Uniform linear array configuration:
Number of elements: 12
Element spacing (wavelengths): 0.25
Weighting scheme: kaiser
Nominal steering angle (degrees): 0
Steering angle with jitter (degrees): -1.413
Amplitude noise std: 0.05
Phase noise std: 0.05

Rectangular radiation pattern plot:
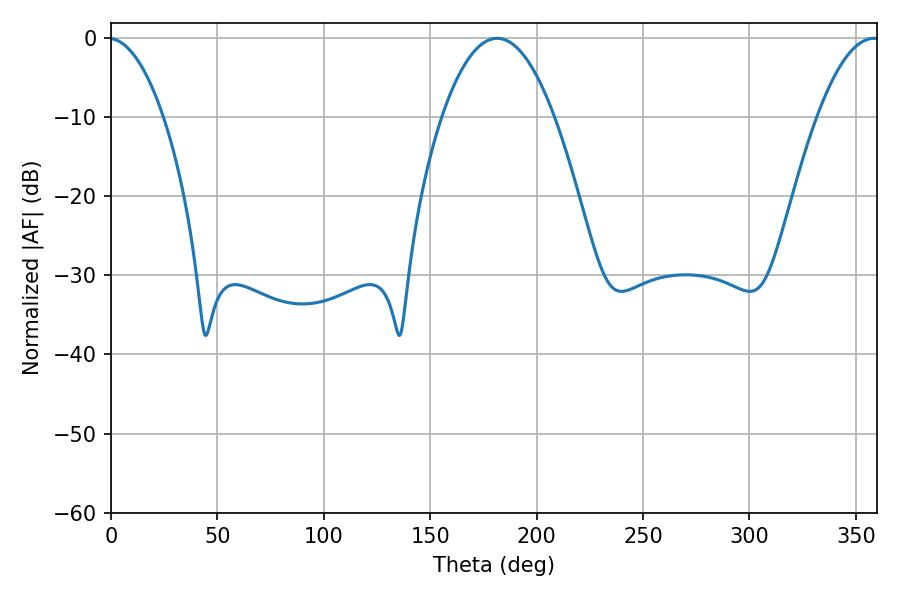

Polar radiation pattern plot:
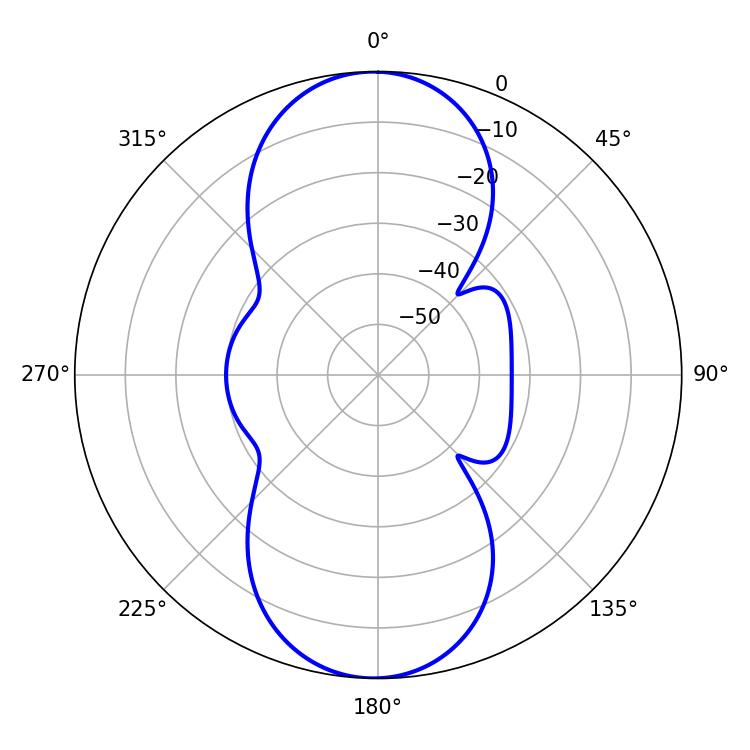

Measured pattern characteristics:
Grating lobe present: FALSE
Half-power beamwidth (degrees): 29.16
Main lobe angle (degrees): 181.44